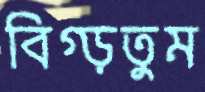
বিগ্‌ড়তুম